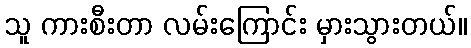
သူ ကားစီးတာ လမ်းကြောင်း မှားသွားတယ်။